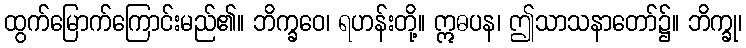
ထွက်မြောက်ကြောင်းမည်၏။ ဘိက္ခဝေ၊ ရဟန်းတို့။ ဣဓပန၊ ဤသာသနာတော်၌။ ဘိက္ခု၊